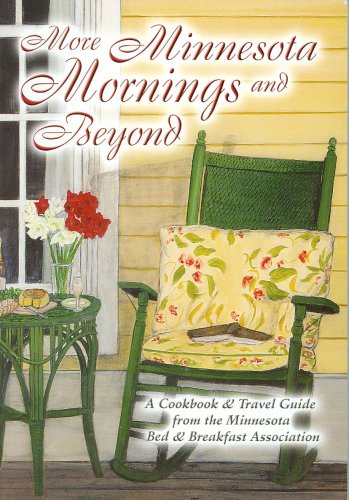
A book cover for More Minnesota Mornings and Beyond; Minnesota Bed & Breakfast Association; Travel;